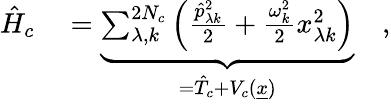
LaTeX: \begin{array}{rl}{\hat{H}_{c}}&{{}=\underbrace{\sum_{\lambda,k}^{2N_{c}}\left(\frac{\hat{p}_{\lambda k}^{2}}{2}+\frac{\omega_{k}^{2}}{2}x_{\lambda k}^{2}\right)}_{=\hat{T}_{c}+V_{c}(\underline{{x}})}\quad,}\end{array}